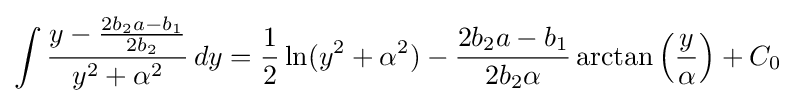
\int {\frac {y-{\frac {2b_{2}a-b_{1}}{2b_{2}}}}{y^{2}+\alpha ^{2}}}\,dy={\frac {1}{2}}\ln(y^{2}+\alpha ^{2})-{\frac {2b_{2}a-b_{1}}{2b_{2}\alpha }}\arctan \left({\frac {y}{\alpha }}\right)+C_{0}